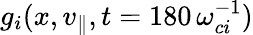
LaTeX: g_{i}(x,v_{\parallel},t=180\, \omega_{ci}^{-1})